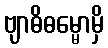
ဗျာဓိဓမ္မောမှိ